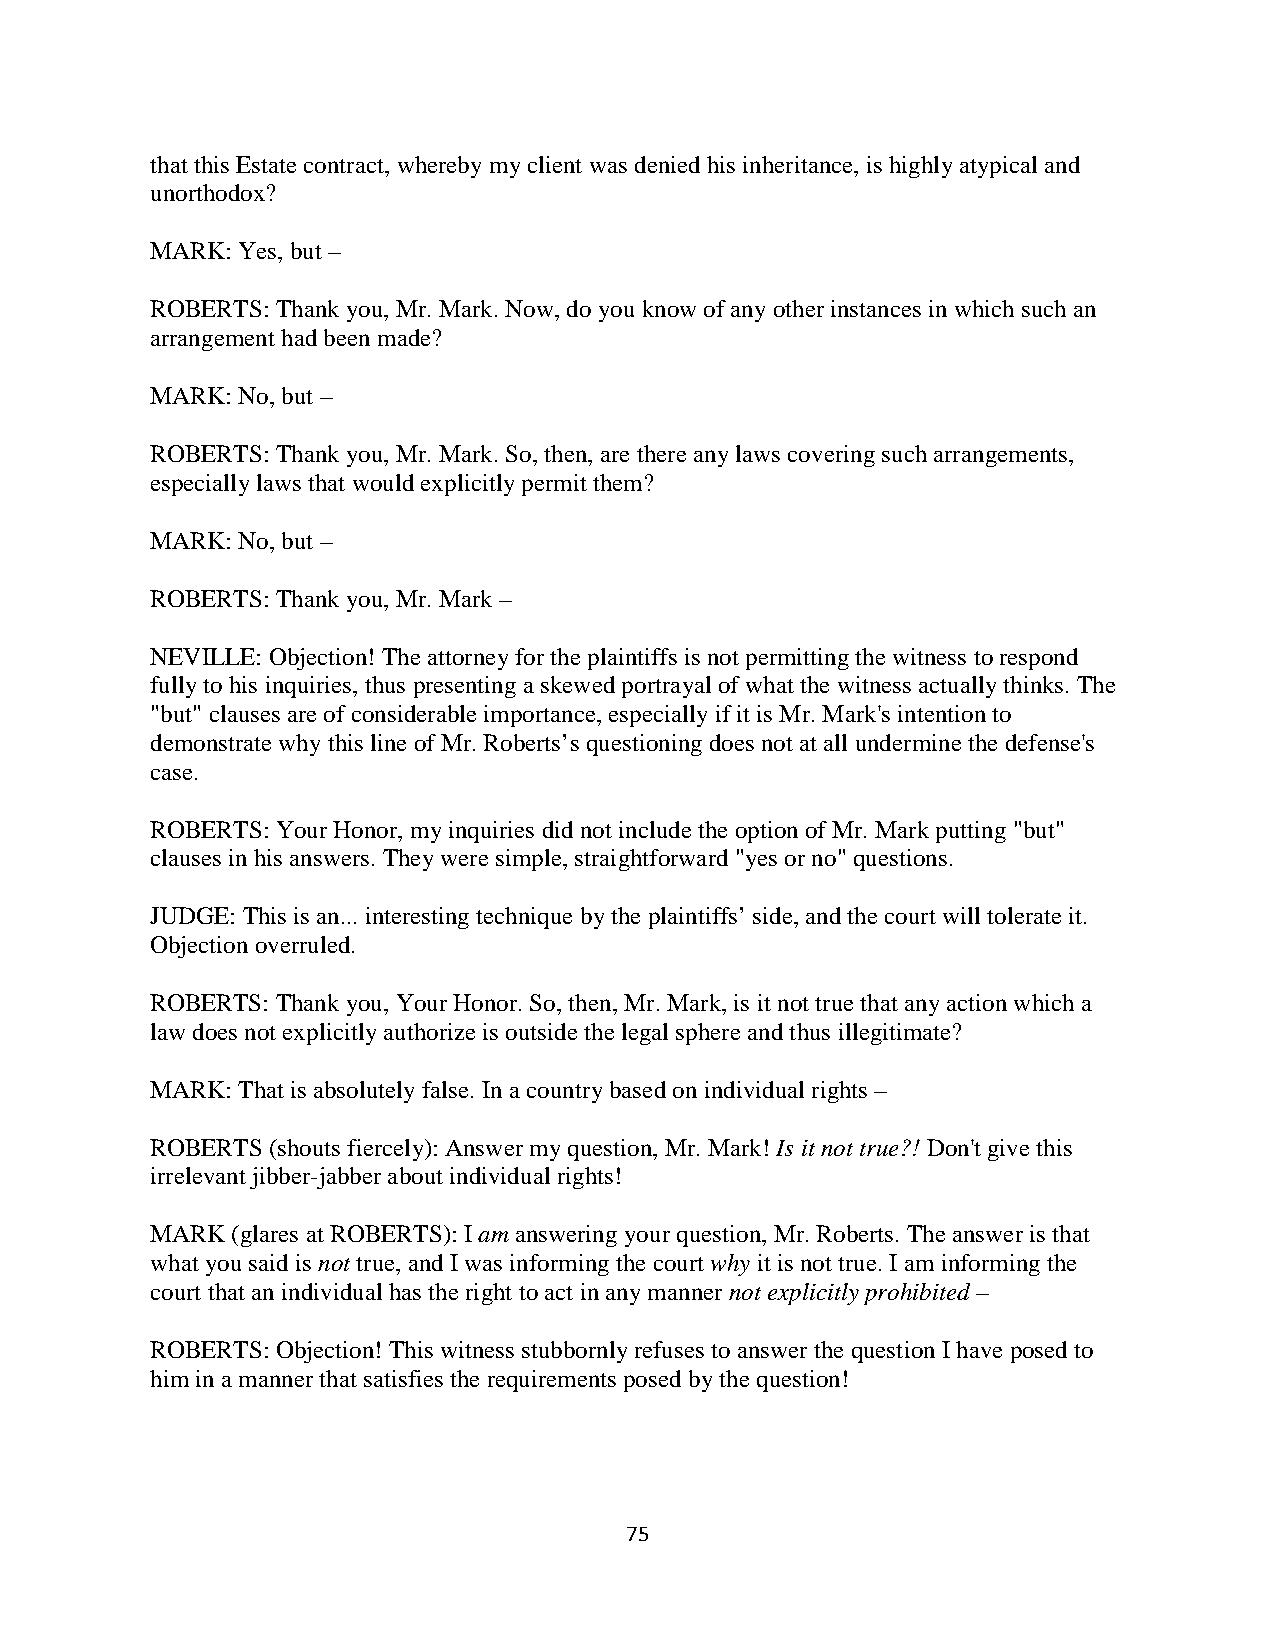
that this Estate contract, whereby my client was denied his inheritance, is highly atypical and
 unorthodox?
 MARK: Yes, but –
 ROBERTS: Thank you, Mr. Mark. Now, do you know of any other instances in which such an
 arrangement had been made?
 MARK: No, but –
 ROBERTS: Thank you, Mr. Mark. So, then, are there any laws covering such arrangements,
 especially laws that would explicitly permit them?
 MARK: No, but –
 ROBERTS: Thank you, Mr. Mark –
 NEVILLE: Objection! The attorney for the plaintiffs is not permitting the witness to respond
 fully to his inquiries, thus presenting a skewed portrayal of what the witness actually thinks. The
 "but" clauses are of considerable importance, especially if it is Mr. Mark's intention to
 demonstrate why this line of Mr. Roberts’s questioning does not at all undermine the defense's
 case.
 ROBERTS: Your Honor, my inquiries did not include the option of Mr. Mark putting "but"
 clauses in his answers. They were simple, straightforward "yes or no" questions.
 JUDGE: This is an... interesting technique by the plaintiffs’ side, and the court will tolerate it.
 Objection overruled.
 ROBERTS: Thank you, Your Honor. So, then, Mr. Mark, is it not true that any action which a
 law does not explicitly authorize is outside the legal sphere and thus illegitimate?
 MARK: That is absolutely false. In a country based on individual rights –
 ROBERTS (shouts fiercely): Answer my question, Mr. Mark! Is it not true?! Don't give this
 irrelevant jibber-jabber about individual rights!
 MARK (glares at ROBERTS): I am answering your question, Mr. Roberts. The answer is that
 what you said is not true, and I was informing the court why it is not true. I am informing the
 court that an individual has the right to act in any manner not explicitly prohibited –
 ROBERTS: Objection! This witness stubbornly refuses to answer the question I have posed to
 him in a manner that satisfies the requirements posed by the question!
 75